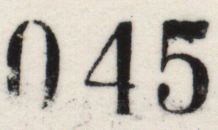
045